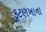
કૂટણખાના